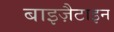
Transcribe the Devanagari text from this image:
बाइज़ैटाइन